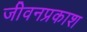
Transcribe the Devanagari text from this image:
जीवनप्रकाश